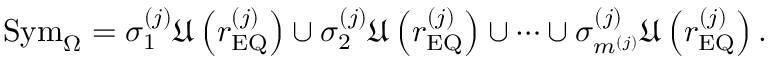
\mathrm { S y m } _ { \Omega } = \sigma _ { 1 } ^ { \left( j \right) } \mathfrak { U } \left( r _ { \mathrm { E Q } } ^ { \left( j \right) } \right) \cup \sigma _ { 2 } ^ { \left( j \right) } \mathfrak { U } \left( r _ { \mathrm { E Q } } ^ { \left( j \right) } \right) \cup \cdots \cup \sigma _ { m ^ { \left( j \right) } } ^ { \left( j \right) } \mathfrak { U } \left( r _ { \mathrm { E Q } } ^ { \left( j \right) } \right) .